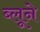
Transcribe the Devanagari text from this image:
ब्लूने